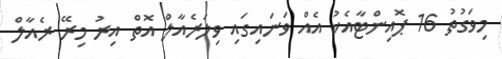
މިވަގުތު 16 ޕޮއިންޓާއެކު އެއް ވަނައިގައި ވިލަރެއާލް އޮތް އިރު މިރޭ ރެއާލް